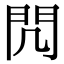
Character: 𨳋